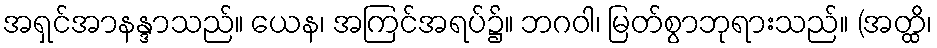
အရှင်အာနန္ဒာသည်။ ယေန၊ အကြင်အရပ်၌။ ဘဂဝါ၊ မြတ်စွာဘုရားသည်။ (အတ္ထိ၊